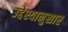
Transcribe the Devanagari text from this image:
उद्देश्यानुसार